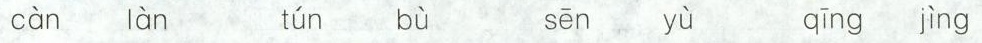
càn làn tún b\grave{u} s\bar{e}n y\grave{u} qīng jìng